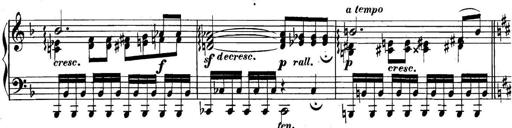
Title: Collected Piano Sonatas
Composer: Muzio Clementi